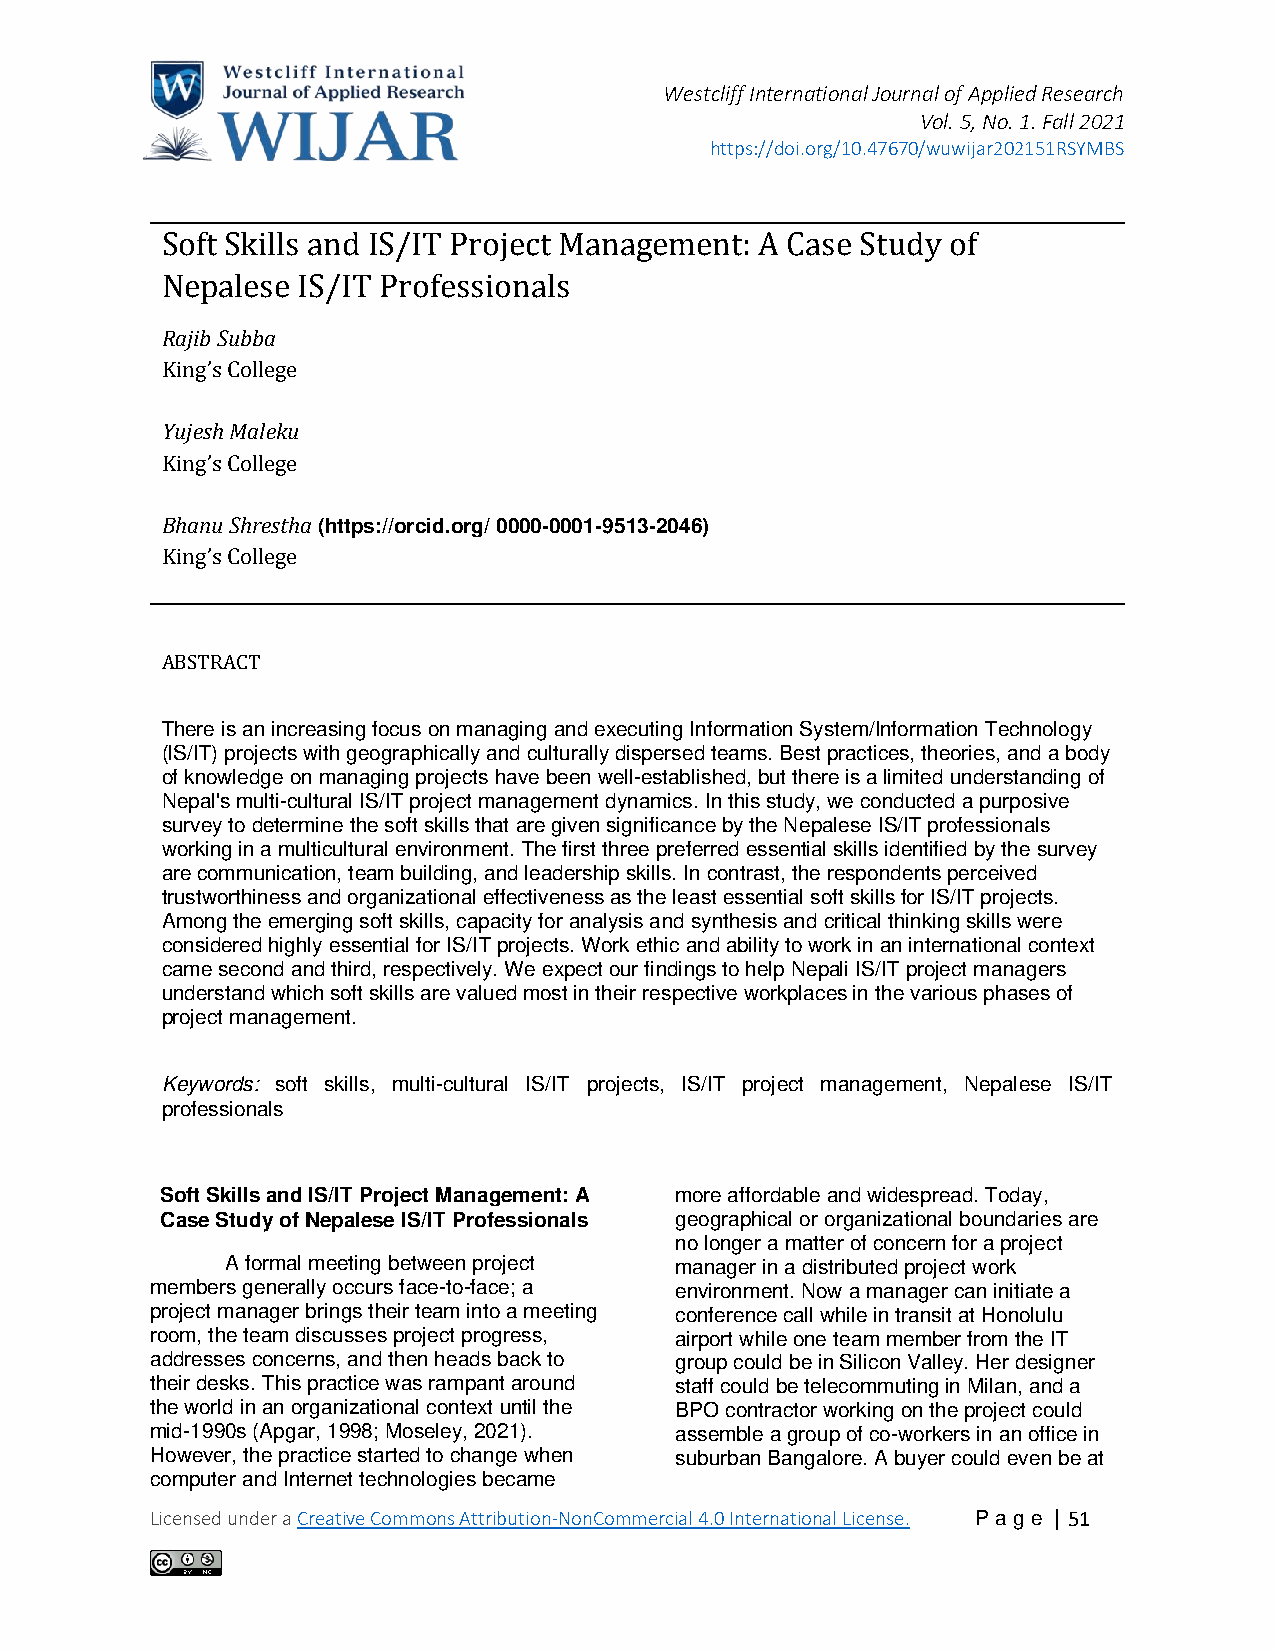
Westcliff International Journal of Applied Research
 Vol. 5, No. 1. Fall 2021
 https://doi.org/10.47670/wuwijar202151RSYMBS
 Soft Skills and IS/IT Project Management: A Case Study of
 Nepalese IS/IT Professionals
 Rajib Subba
 Kings College
 ’
 Yujesh Maleku
 Kings College
 Bhan’
 u Shrestha (https://orcid.org/ 0000-0001-9513-2046)
 Kings College
 ’
 ABSTRACT
 There is an increasing focus on managing and executing Information System/Information Technology
 (IS/IT) projects with geographically and culturally dispersed teams. Best practices, theories, and a body
 of knowledge on managing projects have been well-established, but there is a limited understanding of
 Nepal's multi-cultural IS/IT project management dynamics. In this study, we conducted a purposive
 survey to determine the soft skills that are given significance by the Nepalese IS/IT professionals
 working in a multicultural environment. The first three preferred essential skills identified by the survey
 are communication, team building, and leadership skills. In contrast, the respondents perceived
 trustworthiness and organizational effectiveness as the least essential soft skills for IS/IT projects.
 Among the emerging soft skills, capacity for analysis and synthesis and critical thinking skills were
 considered highly essential for IS/IT projects. Work ethic and ability to work in an international context
 came second and third, respectively. We expect our findings to help Nepali IS/IT project managers
 understand which soft skills are valued most in their respective workplaces in the various phases of
 project management.
 Keywords: soft skills, multi-cultural IS/IT projects, IS/IT project management, Nepalese IS/IT
 professionals
 Soft Skills and IS/IT Project Management: A more affordable and widespread. Today,
 Case Study of Nepalese IS/IT Professionals geographical or organizational boundaries are
 no longer a matter of concern for a project
 A formal meeting between project manager in a distributed project work
 members generally occurs face-to-face; a environment. Now a manager can initiate a
 project manager brings their team into a meeting conference call while in transit at Honolulu
 room, the team discusses project progress, airport while one team member from the IT
 addresses concerns, and then heads back to group could be in Silicon Valley. Her designer
 their desks. This practice was rampant around staff could be telecommuting in Milan, and a
 the world in an organizational context until the BPO contractor working on the project could
 mid-1990s (Apgar, 1998; Moseley, 2021). assemble a group of co-workers in an office in
 However, the practice started to change when suburban Bangalore. A buyer could even be at
 computer and Internet technologies became
 Licensed under a Creative Commons Attribution-NonCommercial 4.0 International License. P age | 51